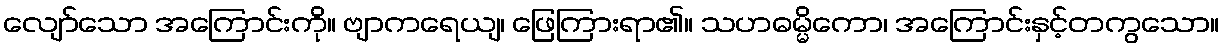
လျော်သော အကြောင်းကို။ ဗျာကရေယျ၊ ဖြေကြားရာ၏။ သဟဓမ္မိကော၊ အကြောင်းနှင့်တကွသော။